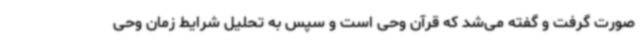
صورت گرفت و گفته می‌شد که قرآن وحی است و سپس به تحلیل شرایط زمان وحی